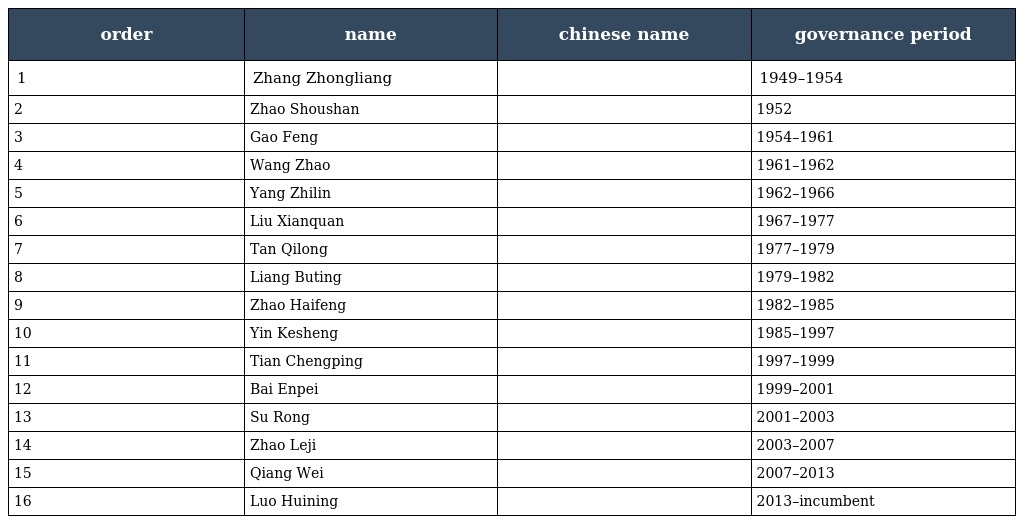
| order | name | chinese name | governance period |
 | --- | --- | --- | --- |
 | 1 | Zhang Zhongliang | 张仲良 | 1949–1954 |
 | 2 | Zhao Shoushan | 赵寿山 | 1952 |
 | 3 | Gao Feng | 高峰 | 1954–1961 |
 | 4 | Wang Zhao | 王昭 | 1961–1962 |
 | 5 | Yang Zhilin | 杨植霖 | 1962–1966 |
 | 6 | Liu Xianquan | 刘贤权 | 1967–1977 |
 | 7 | Tan Qilong | 谭启龙 | 1977–1979 |
 | 8 | Liang Buting | 梁步庭 | 1979–1982 |
 | 9 | Zhao Haifeng | 赵海峰 | 1982–1985 |
 | 10 | Yin Kesheng | 尹克升 | 1985–1997 |
 | 11 | Tian Chengping | 田成平 | 1997–1999 |
 | 12 | Bai Enpei | 白恩培 | 1999–2001 |
 | 13 | Su Rong | 苏荣 | 2001–2003 |
 | 14 | Zhao Leji | 赵乐际 | 2003–2007 |
 | 15 | Qiang Wei | 强卫 | 2007–2013 |
 | 16 | Luo Huining | 骆惠宁 | 2013–incumbent |